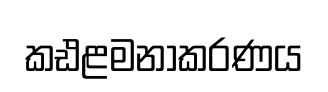
කඪළමනාකරණය